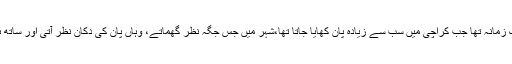
میں اس تاریخ سے تو زیادہ واقف نہیں، لیکن ہاں اتنا ضرور جانتا ہوں کہ ایک زمانہ تھا جب کراچی میں سب سے زیادہ پان کھایا جاتا تھا،شہر میں جس جگہ نظر گھماتے، وہاں پان کی دکان نظر آتی اور ساتھ ہی پان تھوکنے والے افراد اور جگہ جگہ پیک کے نشانات بھی دکھائی دیتے۔